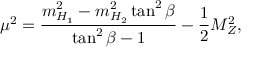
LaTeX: \mu ^ { 2 } = \frac { m _ { H _ { 1 } } ^ { 2 } - m _ { H _ { 2 } } ^ { 2 } \tan ^ { 2 } \beta } { \tan ^ { 2 } \beta - 1 } - \frac { 1 } { 2 } M _ { Z } ^ { 2 } ,